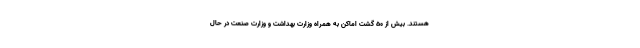
هستند. بیش از ۵۰ گشت اماکن به همراه وزارت بهداشت و وزارت صنعت در حال